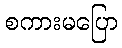
စကားမပြော